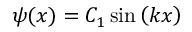
\psi ( x ) = C _ { 1 } \sin \left( k x \right)